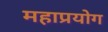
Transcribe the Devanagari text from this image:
महाप्रयोग